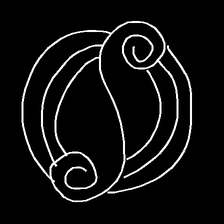
Glyph: wind-underfoot